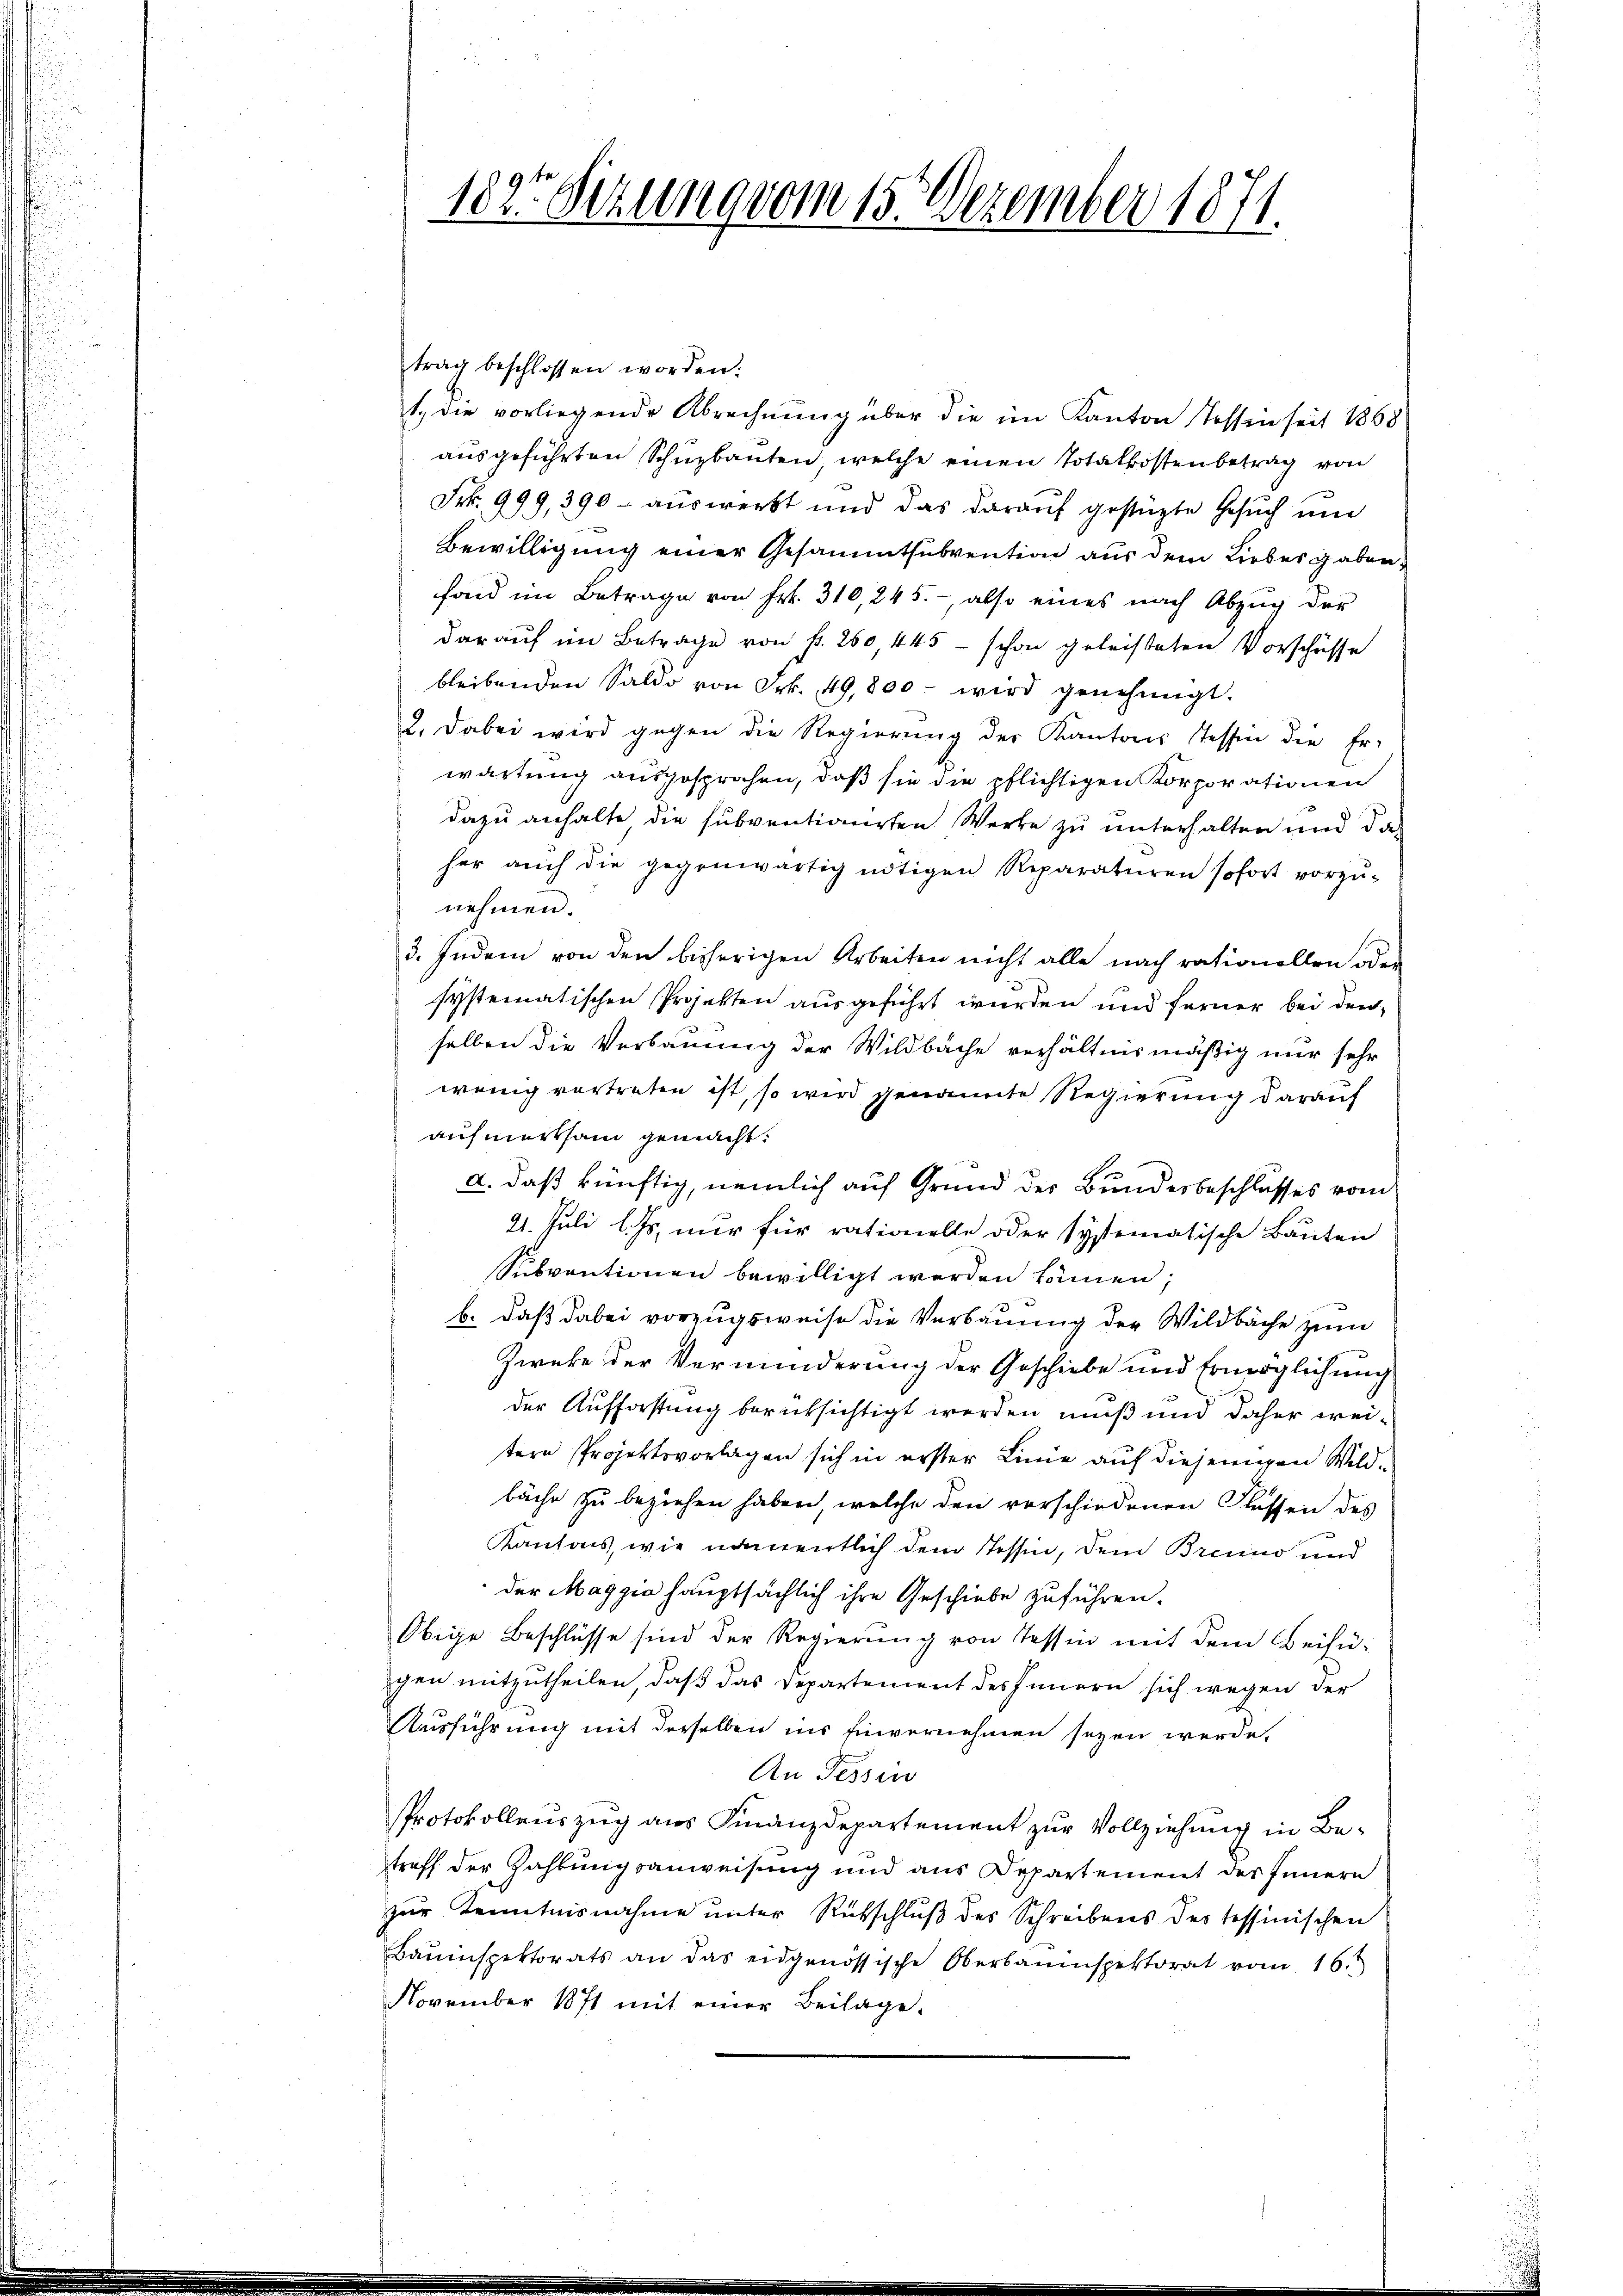
1823 Sizung vom 15. Dezember 1871.

trag beschlossen worden.
1. die vorliegende Abrechnung über die im Kanton Tossen seit 1868
ausgeführten Schuzbauten, welche einen Totalkostenbetrag von
Frk. 999, 390 - auswerkt und das darauf gestüzte Gesuch und
Bewilligung einer Gesammtsubvention aus dem Liebes gabenfond im Betrage von Frk. 310, 245. - also eines nach Abzug der
darauf im Betrage von fr. 260 445 - schon geleisteten Vorschüsse
bleibenden Saldo von Frk. 49,800. wird genehmigt.
2. Dabei wird gegen die Regierŭng der Kantons Tessin die Er-
wartung ausgesprochen, daß sie die pflichtigen Korporationen
dazu anhalte die subventionirten Werke zu unterhalten und da
her auch die gegenwärtig nötigen Reparaturen sofort vorzŭ-
nehmen.
3. Indem von den bisherigen Arbeiten nicht alle nach rationellen oder
systematischen Projekten ausgeführt wurden und ferner bei dieselben die Verbauung der Wildbache verhältnismäßig nur sehr
wenig vortreten ist, so wird genannte Regierung darauf
aufmerksam gemacht.
a. daß künftig, nemlich auf Grund der Bundesbeschlusses vom
21. Juli l. Js. nur für rationelle oder systematische Bauten
Subventionen bewilligt werden können;
b. daß dabei vorzugsweise die Verbauung der Wildbache zum
Zweke der Verminderung der Geschiebe und Ermöglichung
der Aufforstung berüksichtigt werden muß und daher weitere Projektsvorlagen sich in erster Linie auf diejenigen Wildbäche zu beziehen haben, welche den verschiedenen Flassen des
Kantons, wie namentlich dem Tessin, dem Brecino und
der Maggia hauptsächlich ihre Geschiebe zuführen.
Obige Beschlüsse sind der Regierung von Tessin mit dem Beifü-
gen mitzutheilen, daß das Departement des Innern sich wegen der
Ausführung mit derselben ins Einvernehmen seyen werde,
An Tessin
Protokollauszug aus Finanzdepartement zur Vollziehung in Betreff der Zahlungsanweisung und aus Departement des Innern
zur Kenntnisnahme unter Rückschluß des Schreibens des tessinischen
Bauinspektorats an das eidgenössische Oberbauinspektorat vom 16.
November 1871 mit einer Beilage.